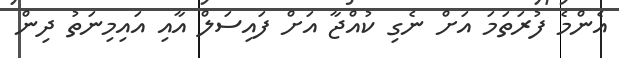
އެންމެ ފުރަތަމަ އަށް ނެގި ކުއްޖާ އަށް ފައިސަލް އާއި އައިމިނަތު ދިން